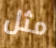
مثل